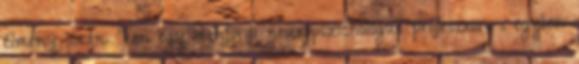
élmény során. Van egy stanfordi neuropszichológus professzor, s egyben